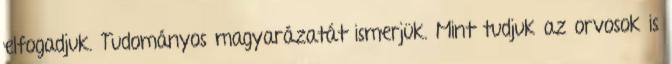
elfogadjuk. Tudományos magyarázatát ismerjük. Mint tudjuk az orvosok is